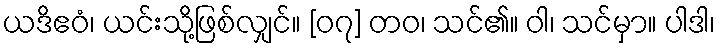
ယဒိဧဝံ၊ ယင်းသို့ဖြစ်လျှင်။ [၀၇] တဝ၊ သင်၏။ ဝါ၊ သင်မှာ။ ပါဒါ၊